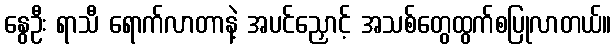
နွေဦး ရာသီ ရောက်လာတာနဲ့ အပင်ညှောင့် အသစ်တွေထွက်စပြုလာတယ်။